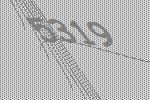
5319